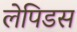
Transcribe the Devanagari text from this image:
लेपिडस